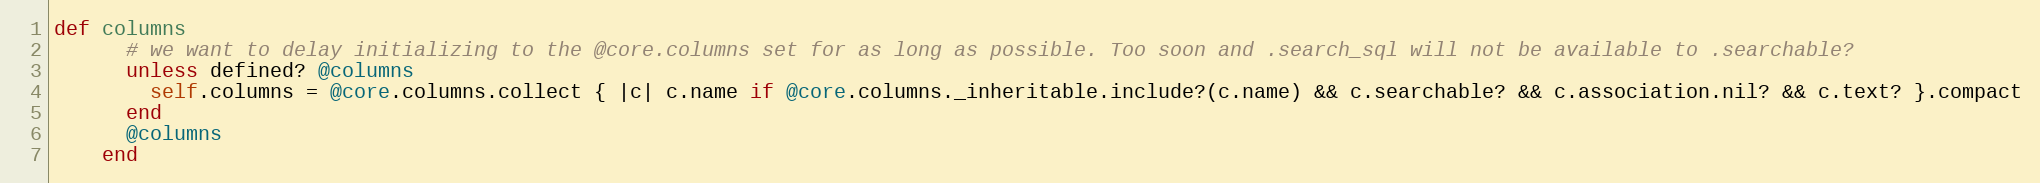
Language: Ruby
def columns
      # we want to delay initializing to the @core.columns set for as long as possible. Too soon and .search_sql will not be available to .searchable?
      unless defined? @columns
        self.columns = @core.columns.collect { |c| c.name if @core.columns._inheritable.include?(c.name) && c.searchable? && c.association.nil? && c.text? }.compact
      end
      @columns
    end